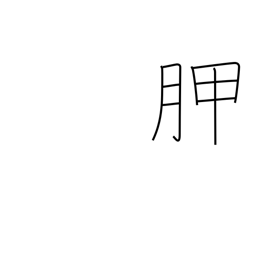
Meaning: shoulder blade